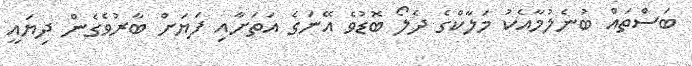
ބަސްތައް ބުނެލުމާއެކު މަލާކްގެ ދެލޯ ބޮޑުވެ އޭނަގެ އަތަށާއި ފަޔަށް ބާރުވެގެން ދިޔައީ